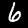
Digit: 6